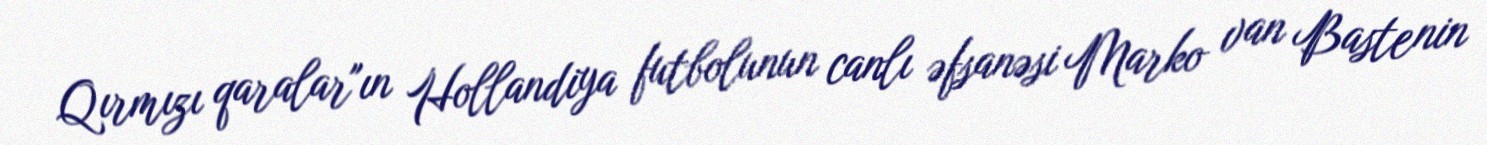
Qırmızı qaralar"ın Hollandiya futbolunun canlı əfsanəsi Marko van Bastenin